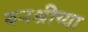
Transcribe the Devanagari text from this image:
वनश्रीच्या